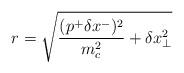
LaTeX: \begin{align*}r = \sqrt{\frac{(p^+ \delta x^-)^2}{m_c^2} + \delta x_{\bot}^2}\end{align*}